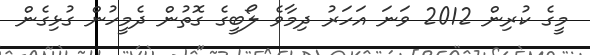
މީގެ ކުރިން 2012 ވަނަ އަހަރު ދިމާވެ ލޯބީގެ ގޮތުން ދެމީހުން ގުޅިގެން